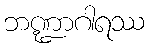
ဘဏ္ဍာဂါရဿ